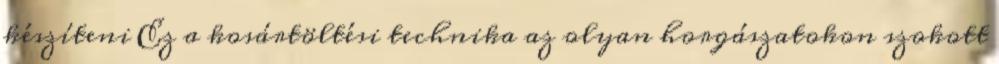
készíteni Ez a kosártöltési technika az olyan horgászatokon szokott